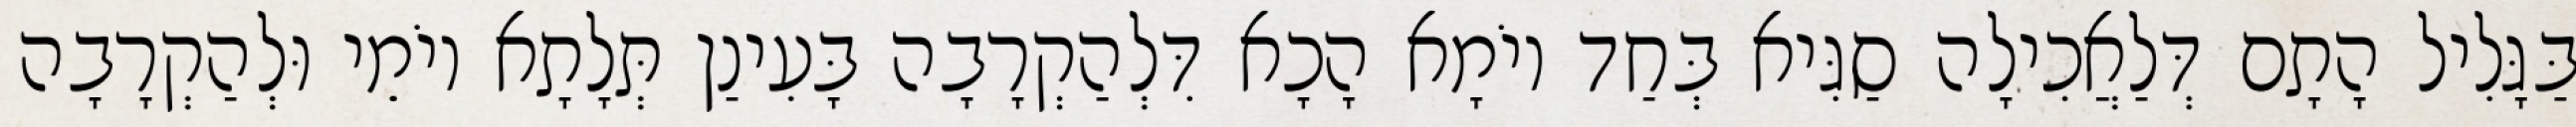
בַּגָּלִיל הָתָם דְּלַאֲכִילָה סַגִּיא בְּחַד יוֹמָא הָכָא דִּלְהַקְרָבָה בָּעִינַן תְּלָתָא יוֹמֵי וּלְהַקְרָבָה